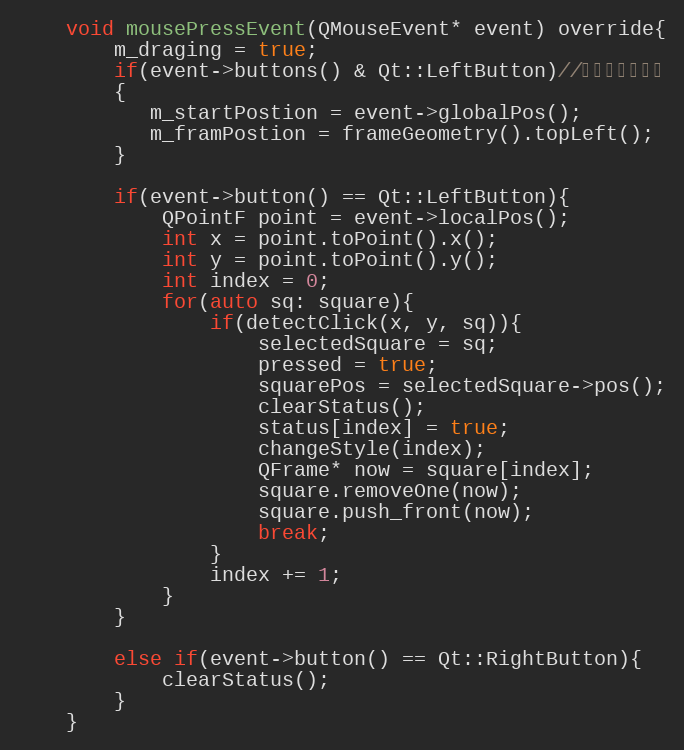
Language: C
    void mousePressEvent(QMouseEvent* event) override{
        m_draging = true;
        if(event->buttons() & Qt::LeftButton)//只响应鼠标左键
        {
           m_startPostion = event->globalPos();
           m_framPostion = frameGeometry().topLeft();
        }

        if(event->button() == Qt::LeftButton){
            QPointF point = event->localPos();
            int x = point.toPoint().x();
            int y = point.toPoint().y();
            int index = 0;
            for(auto sq: square){
                if(detectClick(x, y, sq)){
                    selectedSquare = sq;
                    pressed = true;
                    squarePos = selectedSquare->pos();
                    clearStatus();
                    status[index] = true;
                    changeStyle(index);
                    QFrame* now = square[index];
                    square.removeOne(now);
                    square.push_front(now);
                    break;
                }
                index += 1;
            }
        }

        else if(event->button() == Qt::RightButton){
            clearStatus();
        }
    }